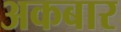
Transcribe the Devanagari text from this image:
अकबार